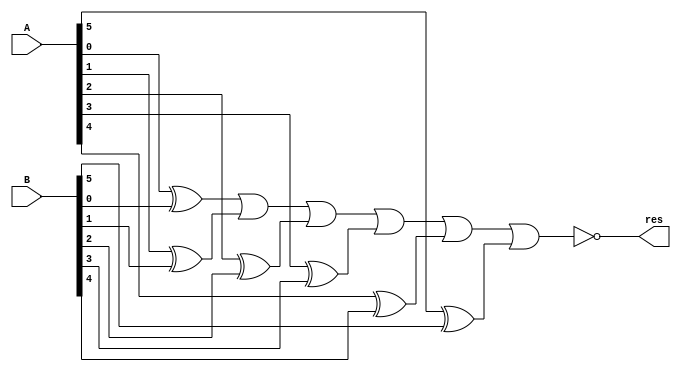
module detectopcode(input [5:0] A, input [5:0] B, output res);

// XOR gates for bit-wise comparison
wire [5:0] temp;
xor xor0(temp[0], A[0], B[0]);
xor xor1(temp[1], A[1], B[1]);
xor xor2(temp[2], A[2], B[2]);
xor xor3(temp[3], A[3], B[3]);
xor xor4(temp[4], A[4], B[4]);
xor xor5(temp[5], A[5], B[5]);

// NOR gate to determine if all bits are equal
nor(res, temp[0], temp[1], temp[2], temp[3], temp[4], temp[5]);

endmodule